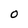
Character: 0